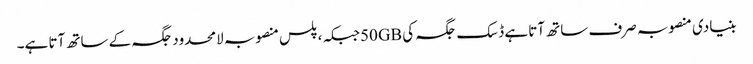
بنیادی منصوبہ صرف ساتھ آتا ہے ڈسک جگہ کی 50GBجبکہ ، پلس منصوبہ لامحدود جگہ کے ساتھ آتا ہے۔